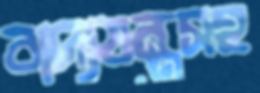
বাদ্যযন্ত্রসহ